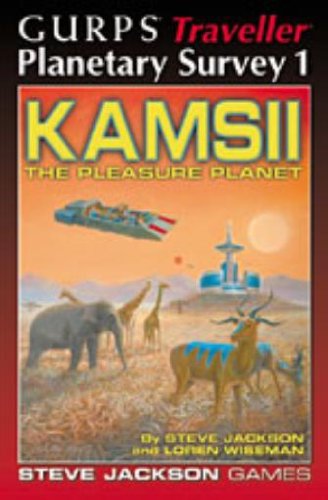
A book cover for GURPS Traveller Planetary Survey 1: Kamsii, the Pleasure Planet; Steve Jackson; Science Fiction & Fantasy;